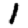
Digit: 1